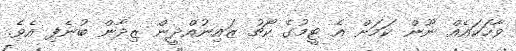
ވާހަކައެއް ނޫން ކަމަށް އެ ޓީމުގެ ކޯޗު ޒައިނުއްދީން ޒިދާން ބުނެފި އެވެ.